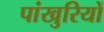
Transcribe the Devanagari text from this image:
पांखुरियों